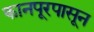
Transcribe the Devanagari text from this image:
कानपूरपासून